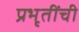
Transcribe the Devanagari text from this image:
प्रभृतींची